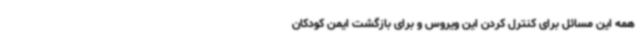
همه این مسائل برای کنترل کردن این ویروس و برای بازگشت ایمن کودکان